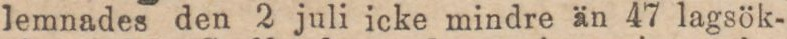
lemnades den 2 juli icke mindre än 47 lagsök-